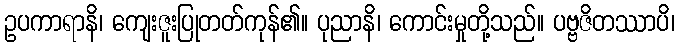
ဥပကာရာနိ၊ ကျေးဇူးပြုတတ်ကုန်၏။ ပုညာနိ၊ ကောင်းမှုတို့သည်။ ပဗ္ဗဇိတဿာပိ၊